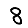
Digit: 8